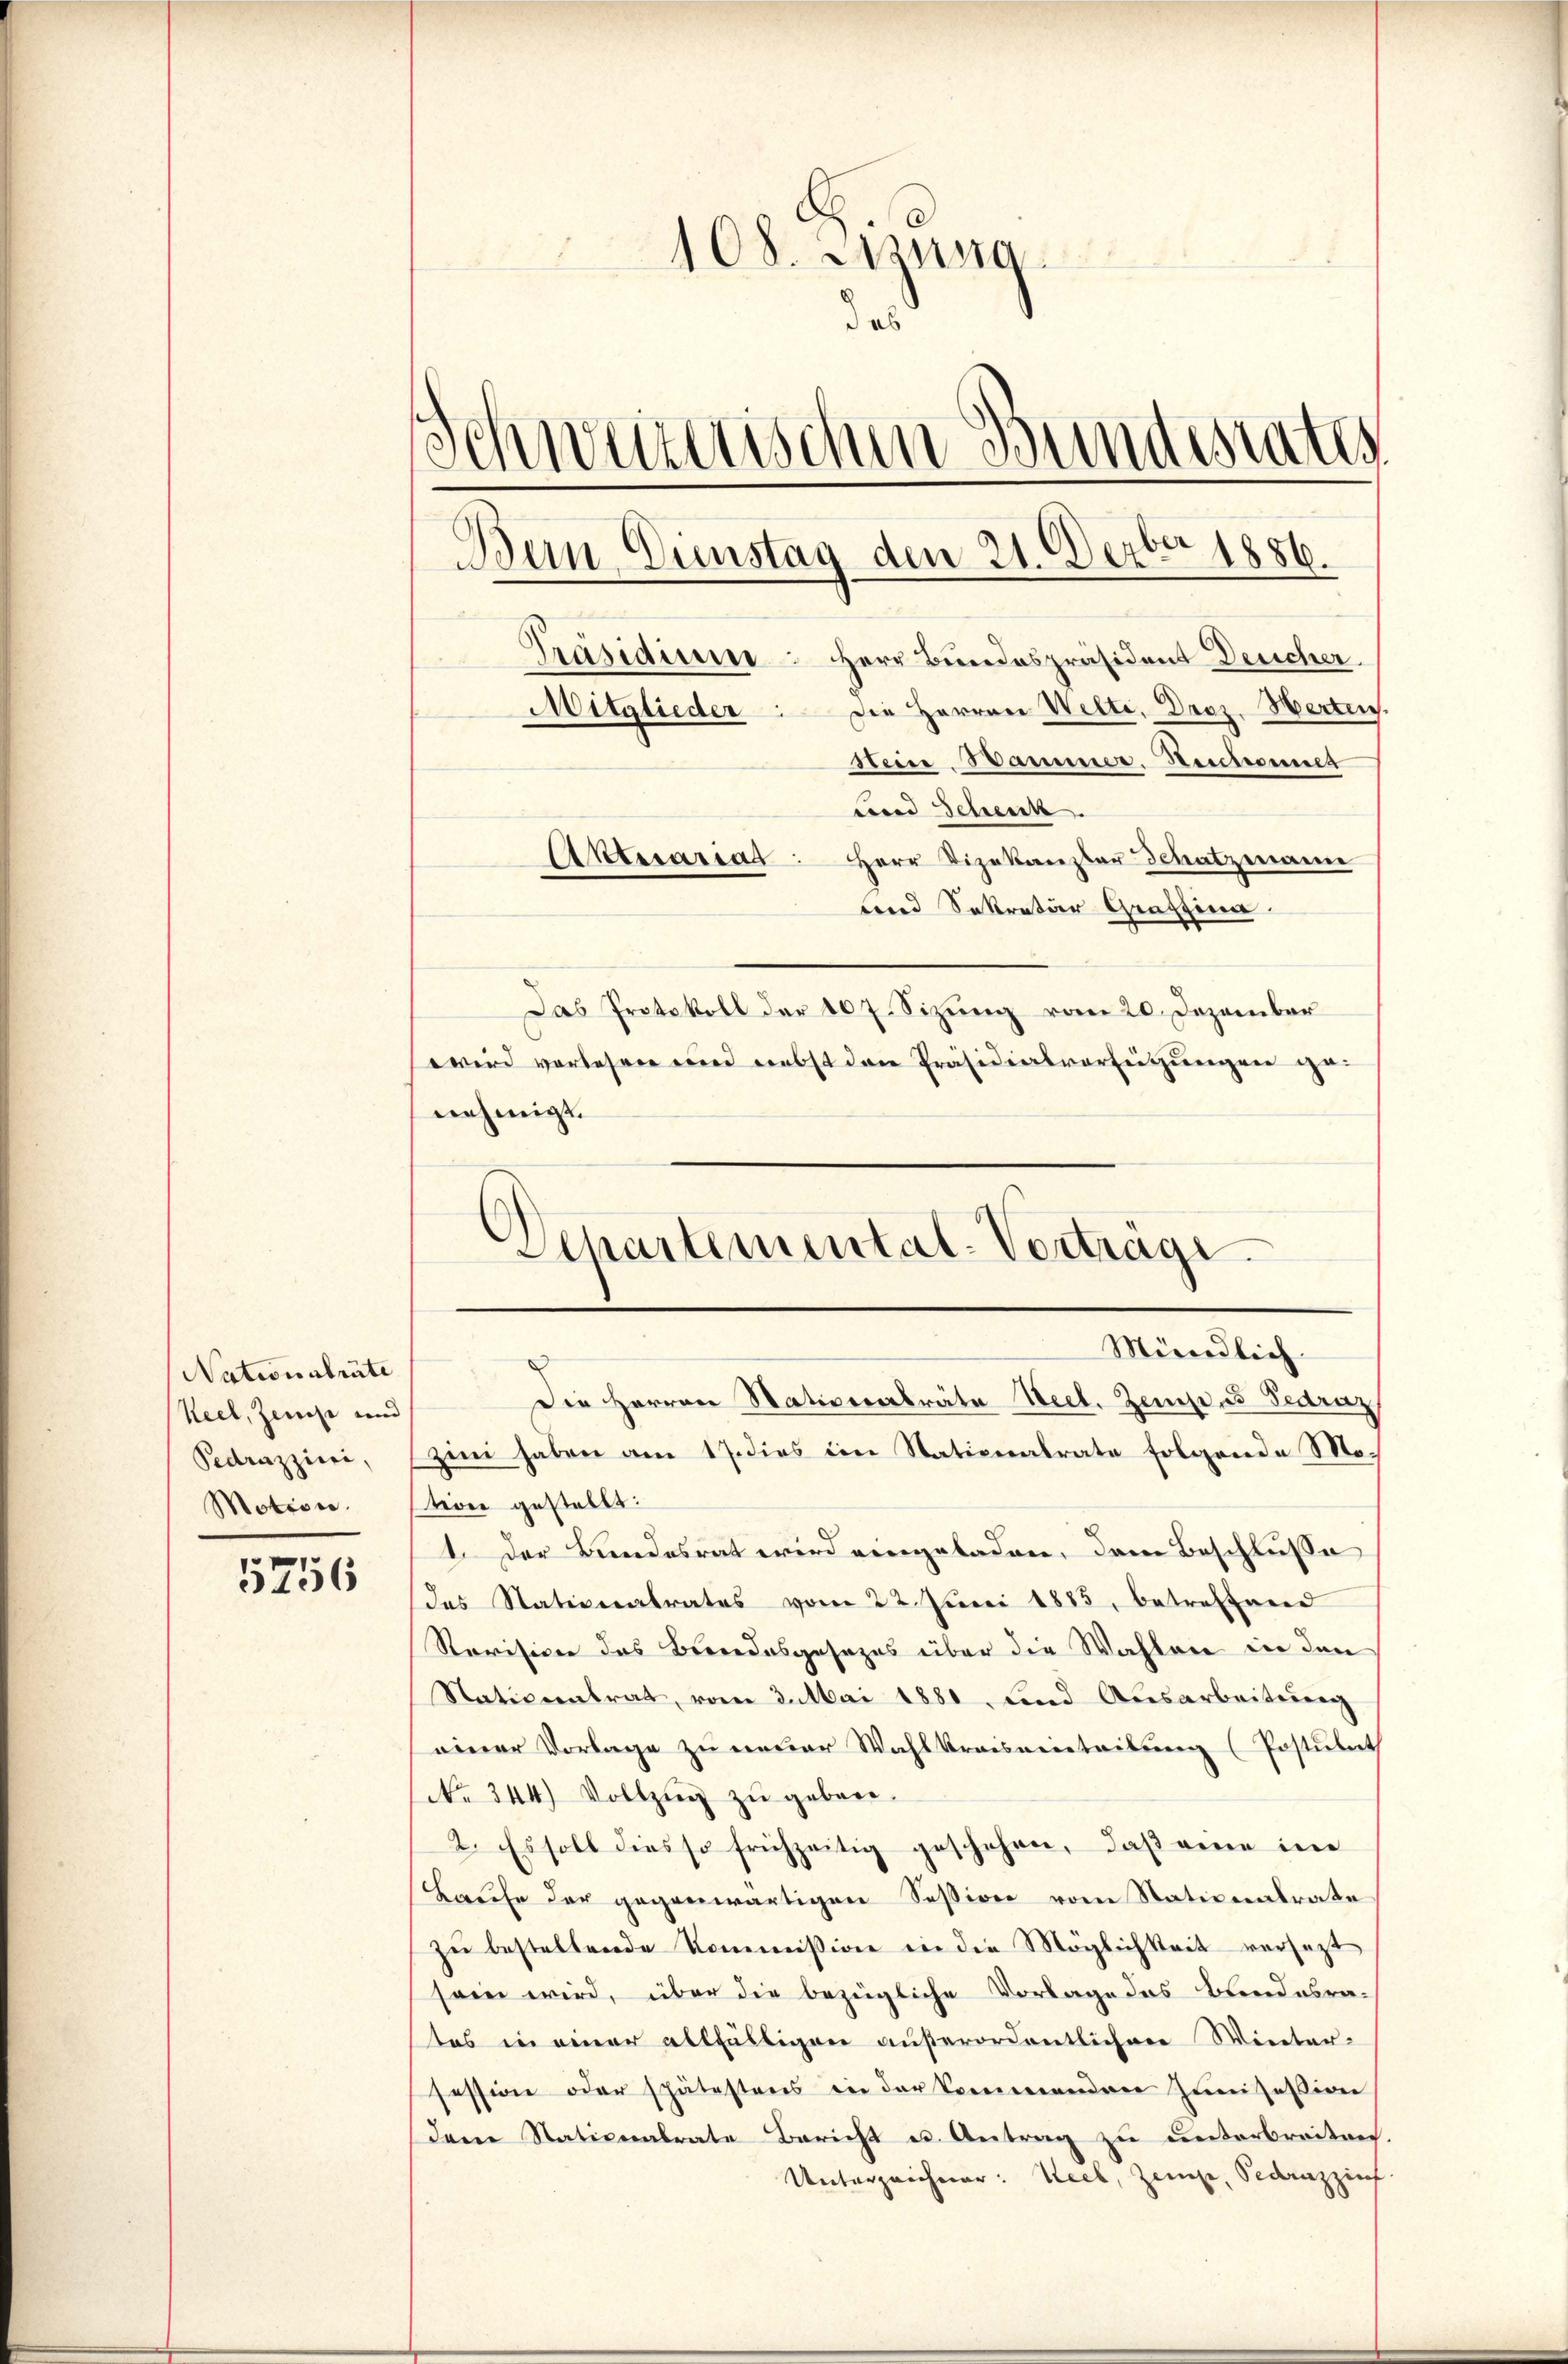
Nationalräte
Keel, Zeit und
Pedrazzini,
Motion.

5756

Das Protokoll der 107. Sizung vom 20. Dezember
wird verlesen und nebst den Präsidialverteigungen ge-
nehmigt.
.
Separtemental-Vertrage

108. Sisung
das
chwürttischen Bundesrates
Bein Gunstag den 21. Dezbr 1886.
Präsidium. Herr Bundespräsident Deucher
Die Herren Welte. Droz. Herten.
Mitglieder
Stein Hammer. Reichennet
Lorad Scheuck.
Aktuariat: Herr Vizekanzler Schatzmanne
tend Sekretär Graffina

Die Herren Nationalräte Seel. Zemp, u Fedraz,
zin haben am 17. dies ein Stationalrate folgende Motion gestellt:
1. Der Bundesrat wird eingeladen, dem Beschlusse
das Nationalrates vom 22. Juni 1885, betreffend
Revisione das Bundesgesezes über die Wahlen in den
Nationentrat, vom 3. Mai 1881. Lind Ausarbeitŭng
einer Vorlage zu neuer Wahlkreiseintribung (Postulat
No 344) Vollzŭg zŭ geben.
2. Es soll dies so frühzeitig geschehen, daβ eine im
Laufe der gegenwärtigen Session vom Nationalrate
zŭ bestellende Kommission in die Möglichkeit versezt
sein wird, über die bezügliche Vorlage des Bundesra-
tes in einer allfälligen außerordentlichen Winter-
session oder spätestens in der kommenden Zumisession
dem Stationalrate Bericht u. Antrag zu unterbreiten.
Unterzeichner: Seel, Zeuge, Sedanzzinf

Mündlich.